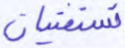
تستفتيان